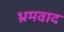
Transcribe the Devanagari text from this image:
भ्रमवाद